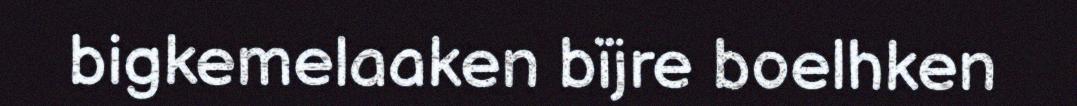
bigkemelaaken bïjre boelhken